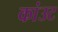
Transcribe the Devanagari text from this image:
कांउट